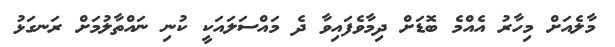
މާލެއަށް މިހާރު އެއްމެ ބޮޑަށް ދިމާވެފައިވާ ދެ މައްސަލައަކީ ކުނި ނައްތާލުމަށް ރަނގަޅު